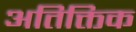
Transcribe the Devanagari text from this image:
अतिक्तिक